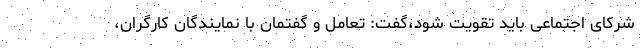
شرکای اجتماعی باید تقویت شود،گفت: تعامل و گفتمان با نمایندگان کارگران،